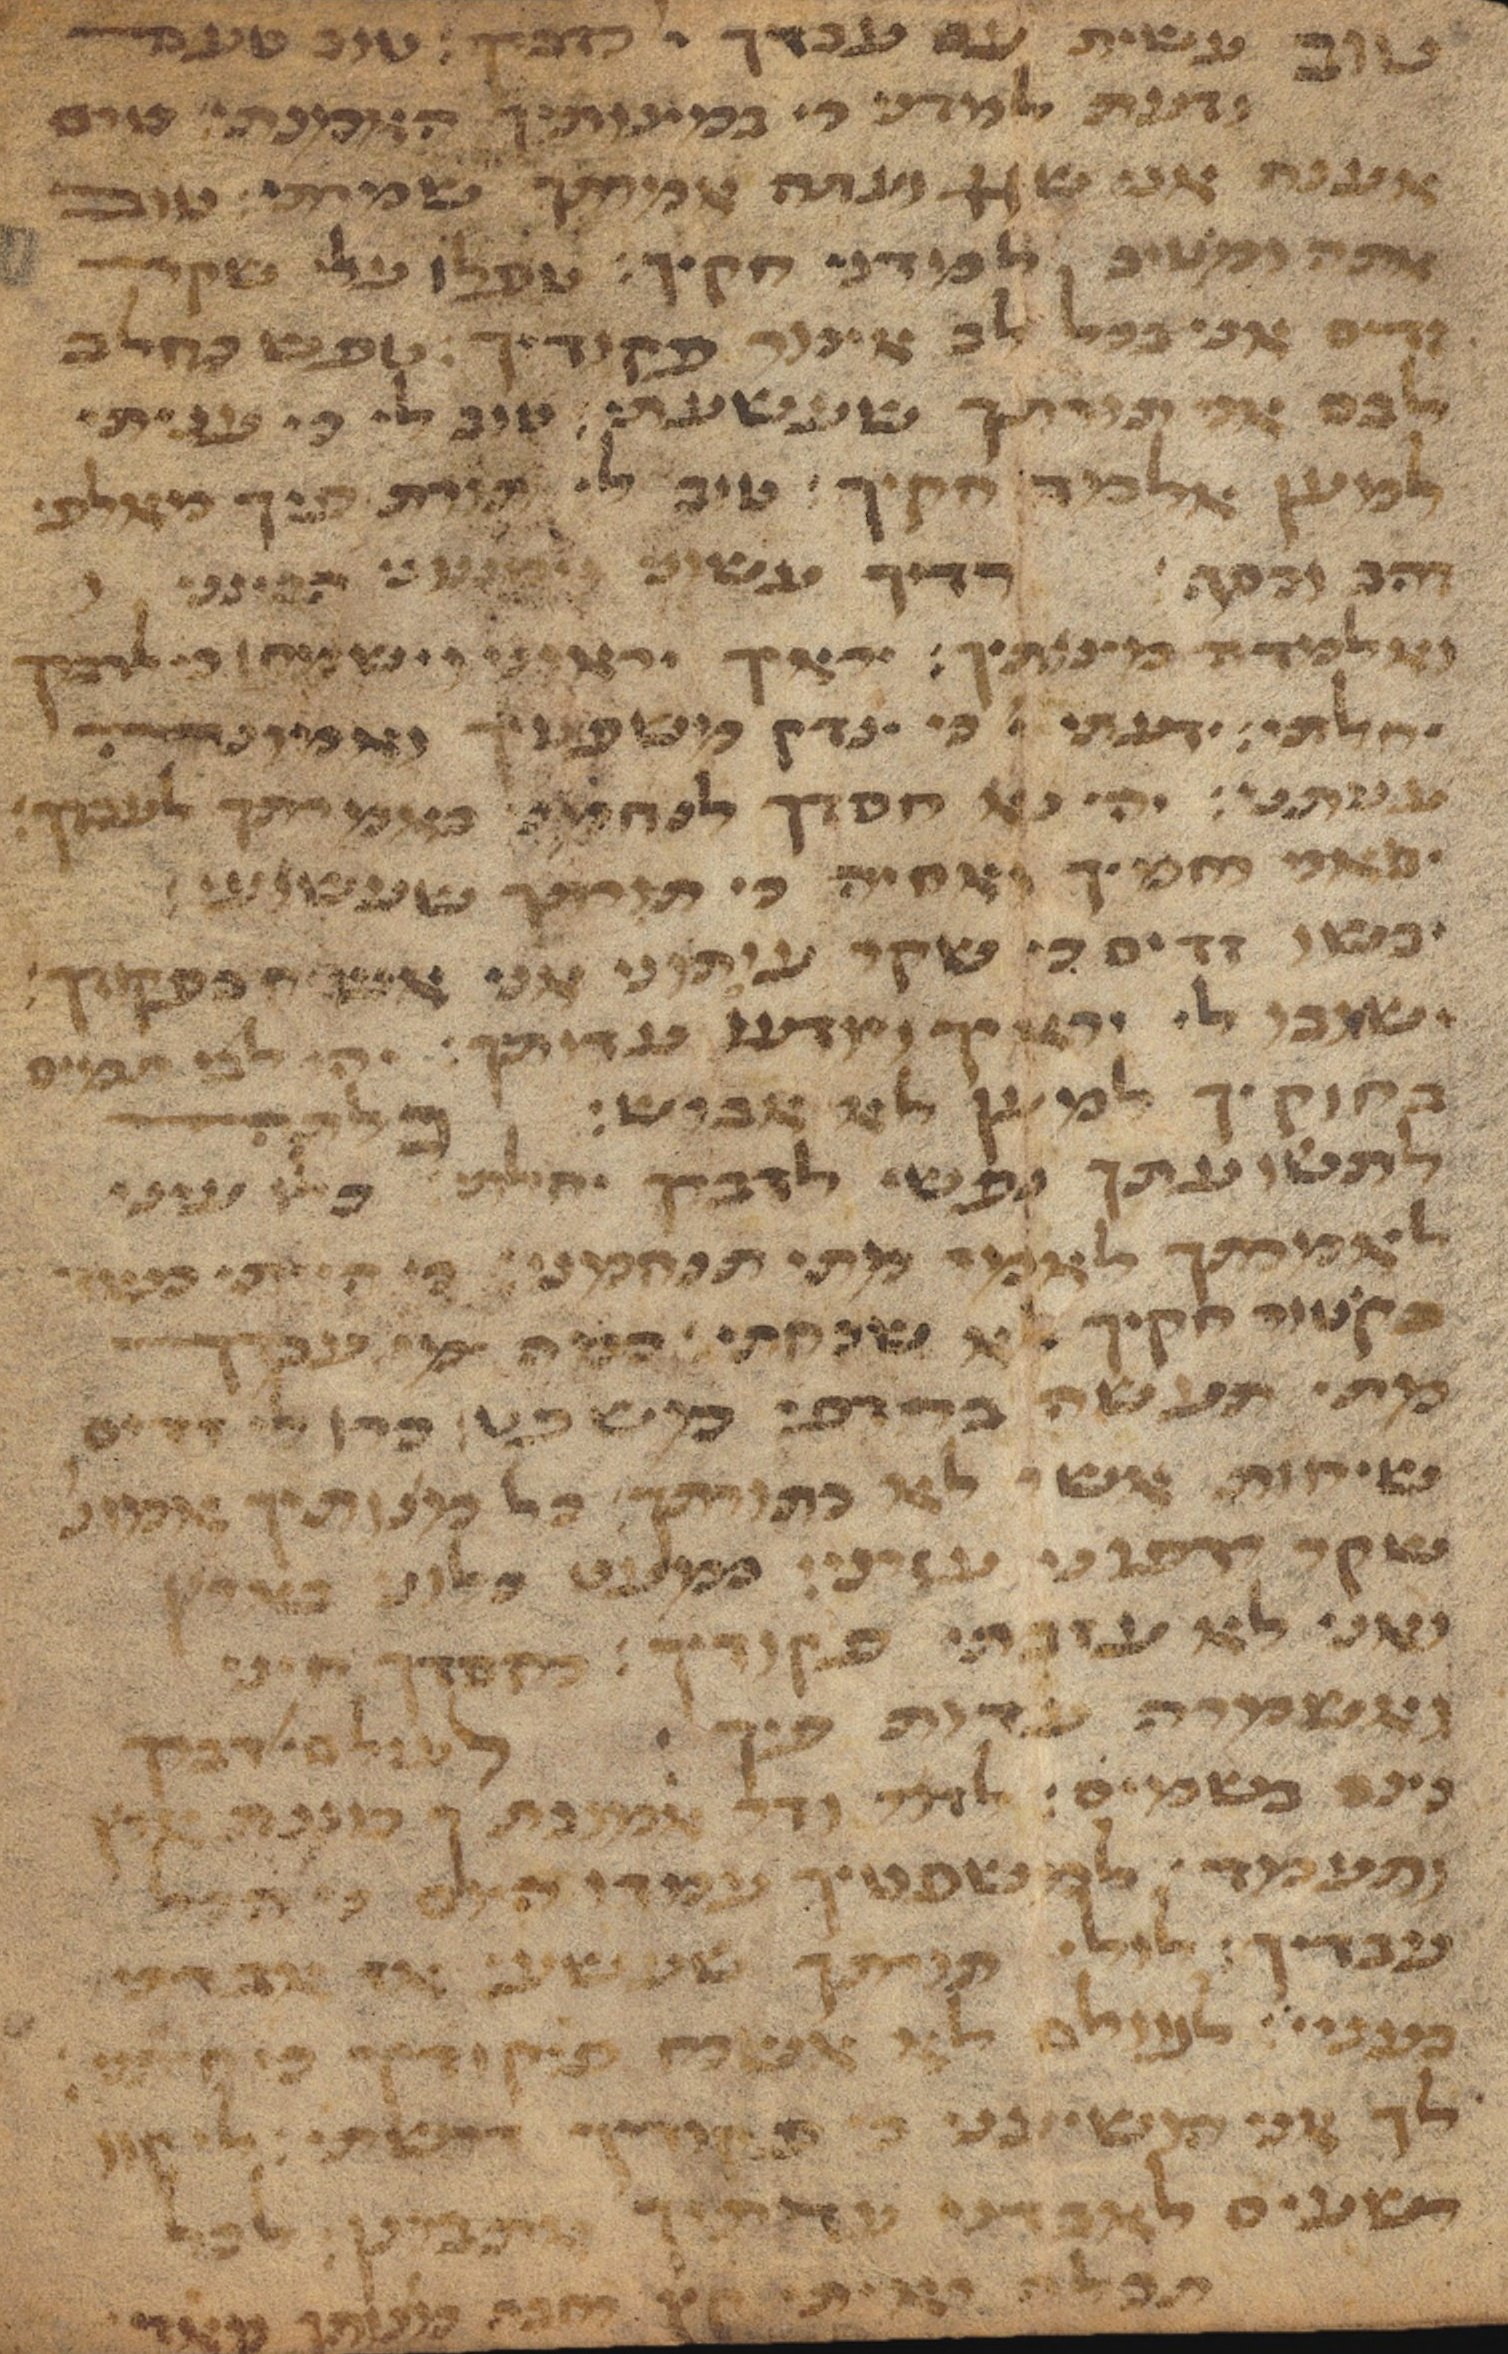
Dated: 1450–1499